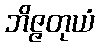
ဘိဇ္ဇတုယံ